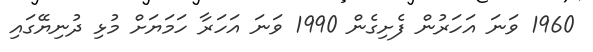
1960 ވަނަ އަހަރުން ފެށިގެން 1990 ވަނަ އަހަރާ ހަމަޔަށް މުޅި ދުނިޔޭގައި